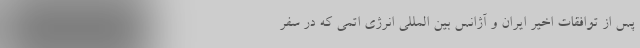
پس از توافقات اخیر ایران و آژانس بین المللی انرژی اتمی که در سفر